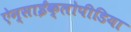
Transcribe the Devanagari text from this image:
ऐन्साईक्लोपीडिया